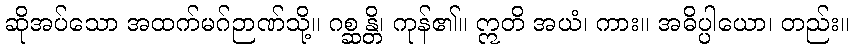
ဆိုအပ်သော အထက်မဂ်ဉာဏ်သို့။ ဂစ္ဆန္တိ၊ ကုန်၏။ ဣတိ အယံ၊ ကား။ အဓိပ္ပါယော၊ တည်း။